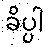
ခိပ္ပါ